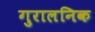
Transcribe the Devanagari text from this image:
गुरालनिक